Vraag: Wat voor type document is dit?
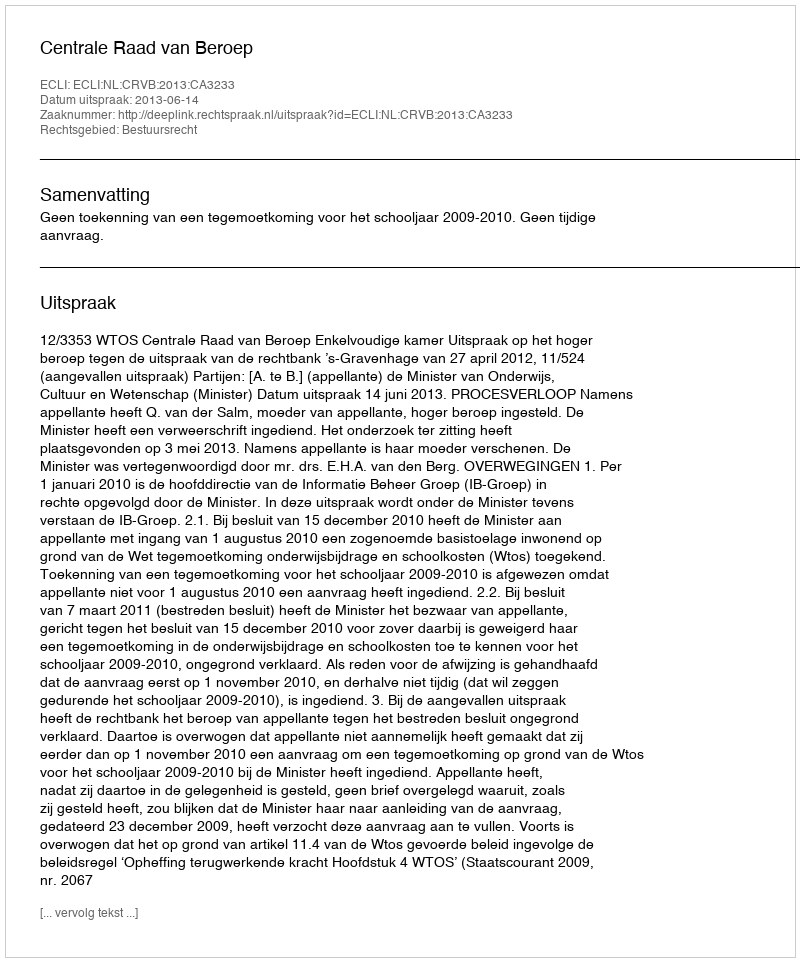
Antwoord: Uitspraak